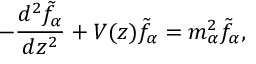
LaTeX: - { \frac { d ^ { 2 } \tilde { f } _ { \alpha } } { d z ^ { 2 } } } + V ( z ) \tilde { f } _ { \alpha } = m _ { \alpha } ^ { 2 } \tilde { f } _ { \alpha } ,